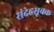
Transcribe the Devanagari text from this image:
संदेहसूचक